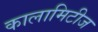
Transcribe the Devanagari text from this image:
कालामिटीज